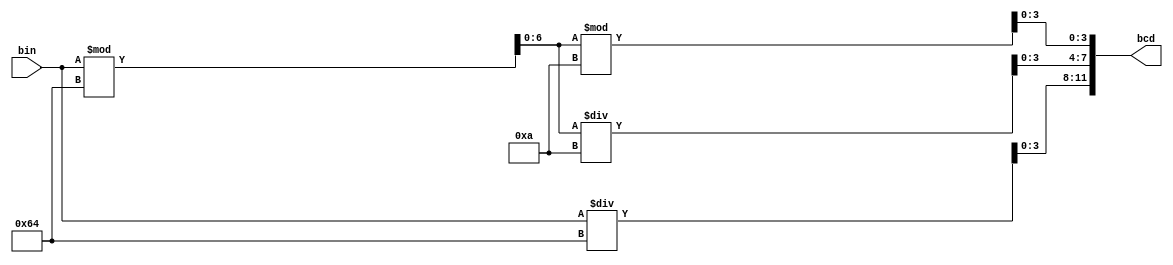
module bin_to_bcd (
    input [7:0] bin, output [11:0] bcd
);
    reg [3:0] h, t, o;
    reg [6:0] temp;
    
    always @(*) begin
        h = bin/100;
        temp = bin%100;
        t = temp/10;
        o = temp%10;
    end

    assign bcd = {h, t, o};
endmodule